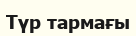
Түр тармағы